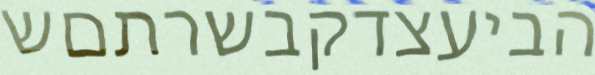
הביעצדקבשרתםש